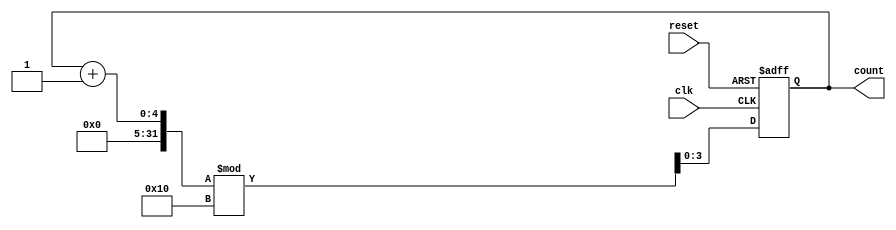
module binary_counter #(parameter N = 4) (
    input wire clk,          // Clock input
    input wire reset,        // Asynchronous reset
    output reg [N-1:0] count // N-bit output count
);

// State transition on the clock edge
always @(posedge clk or posedge reset) begin
    if (reset) begin
        count <= 0; // Reset the counter to 0
    end else begin
        count <= (count + 1) % (1 << N); // Increment and wrap around
    end
end

endmodule